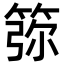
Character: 𥮜